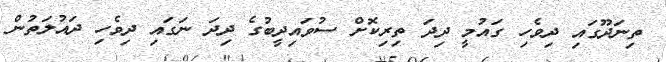
ތިނަދޫގައި ދިވެހި ގައުމީ ދިދަ ތިރިކޮށް ސުވައިދީބުގެ ދިދަ ނަގައި ދިވެހި ދައުލަތުން